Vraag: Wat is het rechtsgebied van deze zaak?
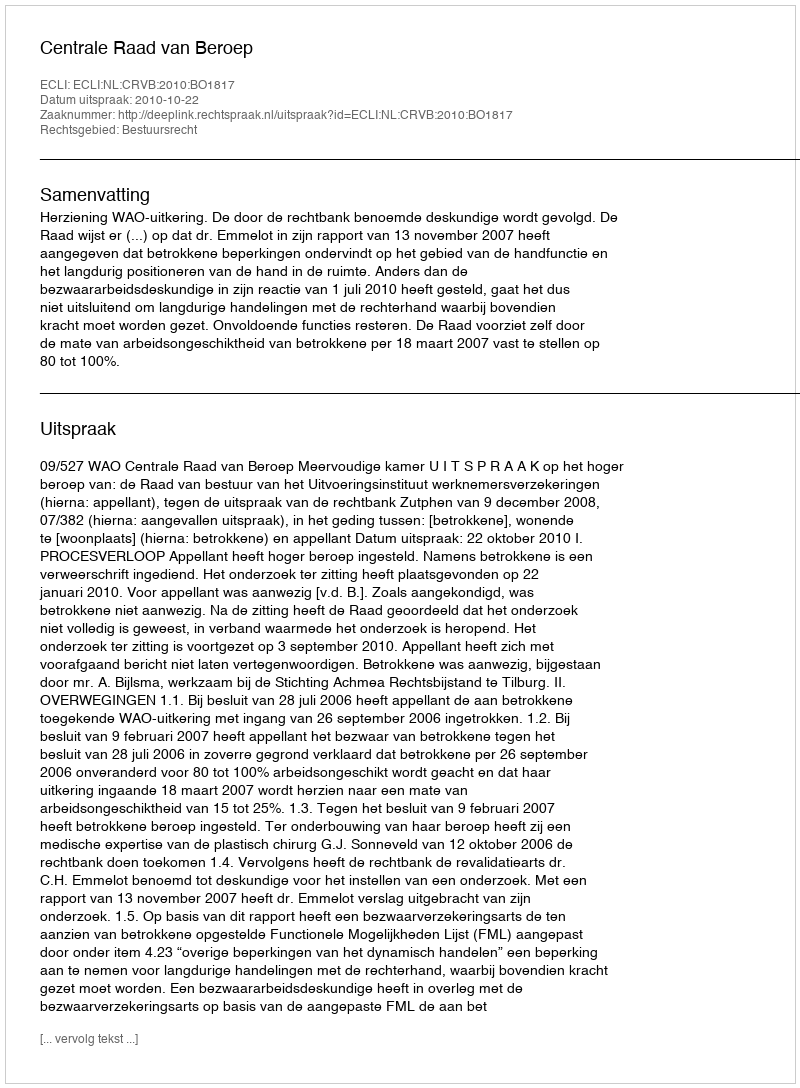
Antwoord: Bestuursrecht